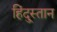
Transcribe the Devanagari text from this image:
हिंदु्स्तान